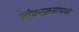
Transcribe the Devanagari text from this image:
जीवनक्रमामध्ये